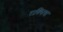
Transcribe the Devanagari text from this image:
राक्सिया